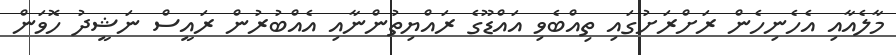
މާލެއާއި އެހެނިހެން ރަށްރަށުގައި ތިއްބެވި އައްޑޫގެ ރައްޔިތުންނާއި އެއްބުރުން ރައީސް ނަޝީދު ހޮވަން